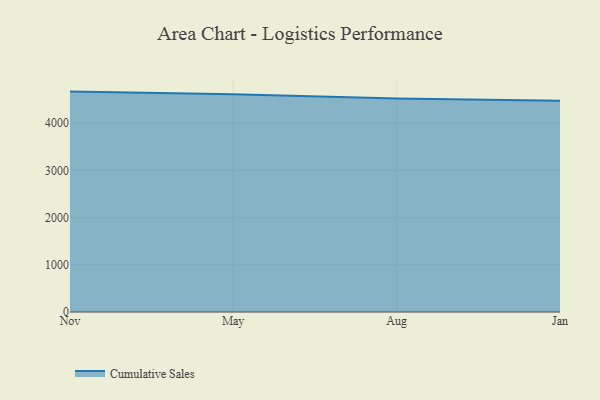
{"axis": {"x": "Month", "y": "Population (Million)"}, "legend": ["Cumulative Sales"], "data": [{"x": "Nov", "y": 4667.6, "type": "Cumulative Sales"}, {"x": "May", "y": 4612.7, "type": "Cumulative Sales"}, {"x": "Aug", "y": 4521.4, "type": "Cumulative Sales"}, {"x": "Jan", "y": 4471.7, "type": "Cumulative Sales"}]}